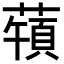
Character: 𦽀